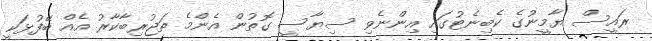
ރައީސް ޔާމީނުގެ ކެބިނެޓުގައި އިންނެވި ސިޔާސީ ގޮތުން އެންމެ ތަޖުރިބާކާރު އެއް ބޭފުޅަކީ